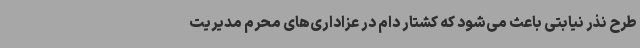
طرح نذر نیابتی باعث می‌شود که کشتار دام در عزاداری‌های محرم مدیریت